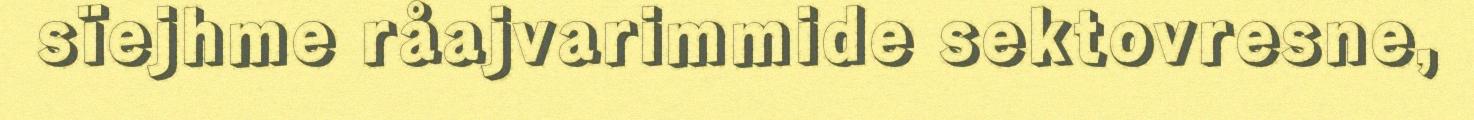
sïejhme råajvarimmide sektovresne,